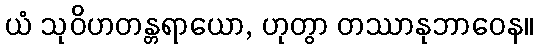
ယံ သုဝိဟတန္တရာယော, ဟုတွာ တဿာနုဘာဝေန။